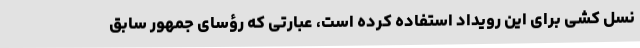
نسل کشی برای این رویداد استفاده کرده است، عبارتی که رؤسای جمهور سابق